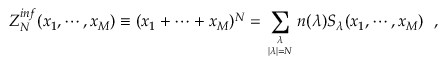
Z _ { N } ^ { i n f } ( x _ { 1 } , \cdots , x _ { M } ) \equiv ( x _ { 1 } + \cdots + x _ { M } ) ^ { N } = \sum _ { { \lambda \atop | \lambda | = N } } n ( \lambda ) S _ { \lambda } ( x _ { 1 } , \cdots , x _ { M } ) \, \, \, \, ,